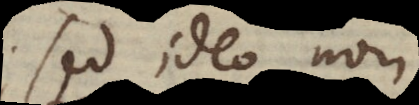
sed ideo non